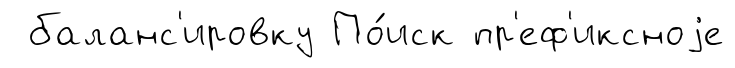
баланс'ировку По́иск пр'еф'иксноjе